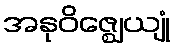
အနုဝိဇ္ဈေယျုံ